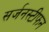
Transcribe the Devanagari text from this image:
सर्जनस्टीफन